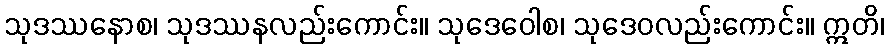
သုဒဿနောစ၊ သုဒဿနလည်းကောင်း။ သုဒေဝေါစ၊ သုဒေဝလည်းကောင်း။ ဣတိ၊